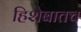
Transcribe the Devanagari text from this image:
हिशेबातच